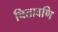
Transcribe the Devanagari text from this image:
चितावणि